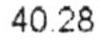
40.28